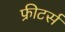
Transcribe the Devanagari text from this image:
फ्रीटर्स